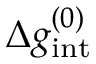
\Delta g _ { \mathrm { i n t } } ^ { ( 0 ) }